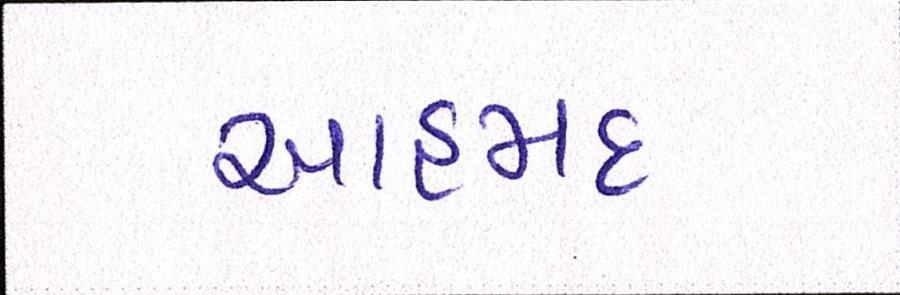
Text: આહમદ